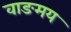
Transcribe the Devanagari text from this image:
वाङमय